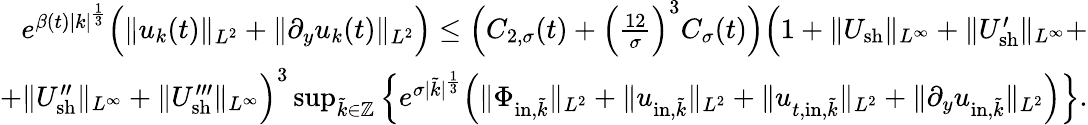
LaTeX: \begin{array}{r}{e^{\beta(t)|k|^{\frac{1}{3}}}\Big(\| u_{k}(t)\| _{L^{2}}+\| \partial_{y}u_{k}(t)\| _{L^{2}}\Big)\leq\Big(C_{2,\sigma}(t)+\Big(\frac{12}{\sigma}\Big)^{3}C_{\sigma}(t)\Big)\Big(1+\| U_{\mathrm{sh}}\| _{L^{\infty}}+\| U_{\mathrm{sh}}^{\prime}\| _{L^{\infty}}+}\\ {+\| U_{\mathrm{sh}}^{\prime\prime}\| _{L^{\infty}}+\| U_{\mathrm{sh}}^{\prime\prime\prime}\| _{L^{\infty}}\Big)^{3}\operatorname*{sup}_{\tilde{k}\in\mathbb Z}\Big\{ e^{\sigma|\tilde{k}|^{\frac{1}{3}}}\Big(\| \Phi_{\mathrm{in},\tilde{k}}\| _{L^{2}}+\| u_{\mathrm{in},\tilde{k}}\| _{L^{2}}+\| u_{t,\mathrm{in},\tilde{k}}\| _{L^{2}}+\| \partial_{y}u_{\mathrm{in},\tilde{k}}\| _{L^{2}}\Big)\Big\} .}\end{array}